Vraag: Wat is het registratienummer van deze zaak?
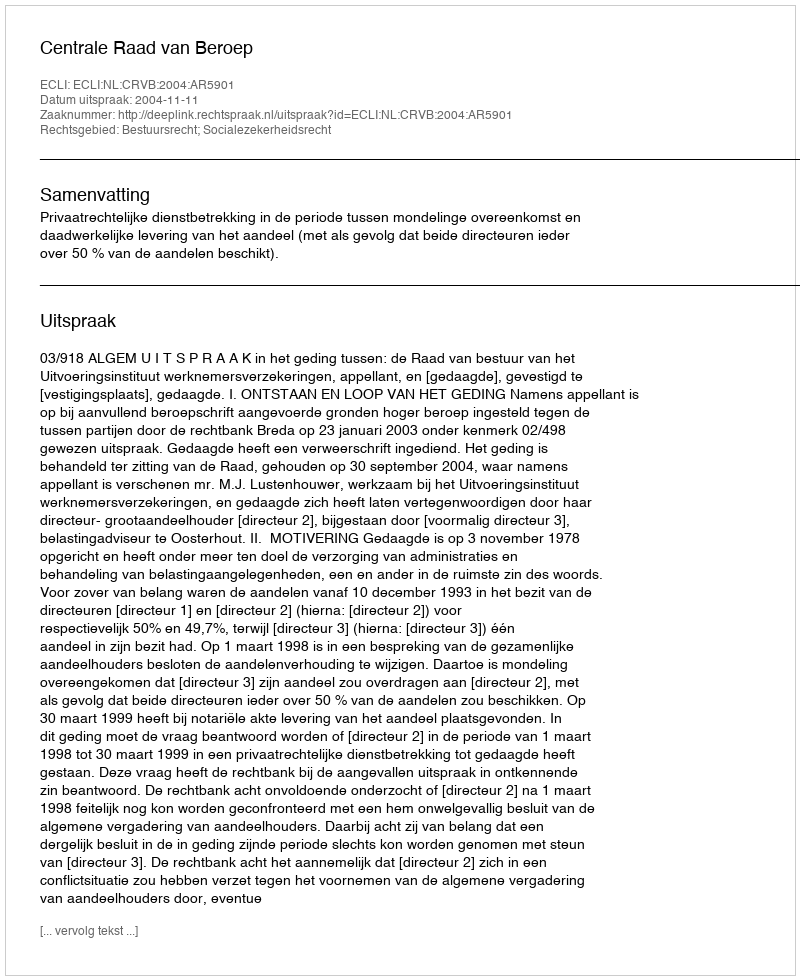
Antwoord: http://deeplink.rechtspraak.nl/uitspraak?id=ECLI:NL:CRVB:2004:AR5901